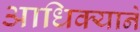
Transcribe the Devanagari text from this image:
आधिक्याने